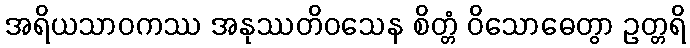
အရိယသာဝကဿ အနုဿတိဝသေန စိတ္တံ ဝိသောဓေတွာ ဥတ္တရိ